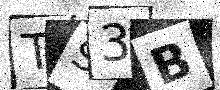
Text: TS3B